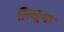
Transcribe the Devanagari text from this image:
लिखून्गा